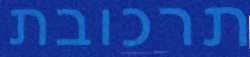
תרכובת